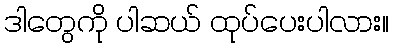
ဒါတွေကို ပါဆယ် ထုပ်ပေးပါလား။